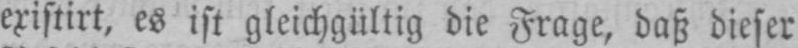
existirt, es ist gleichgültig die Frage, daß dieser